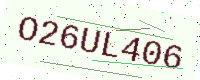
Text: O26UL406